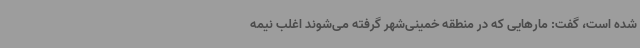
شده است، گفت: مارهایی که در منطقه خمینی‌شهر گرفته می‌شوند اغلب نیمه